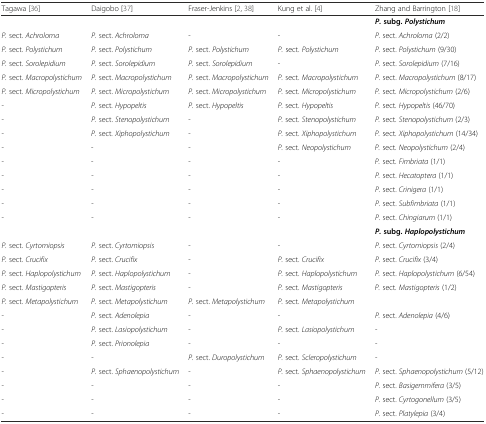
<table><thead><tr><td><b>Tagawa [36]</b></td><td><b>Daigobo [37]</b></td><td><b>Fraser-Jenkins [2, 38]</b></td><td><b>Kung et al. [4]</b></td><td><b>Zhang and Barrington [18]</b></td></tr></thead><tbody><tr><td></td><td></td><td></td><td></td><td><b><i>P.</i></b><b>subg.</b><b><i>Polystichum</i></b></td></tr><tr><td><i>P.</i> sect. <i>Achroloma</i></td><td><i>P.</i> sect. <i>Achroloma</i></td><td>-</td><td>-</td><td><i>P.</i> sect. <i>Achroloma</i> (2/2)</td></tr><tr><td><i>P.</i> sect. <i>Polystichum</i></td><td><i>P.</i> sect. <i>Polystichum</i></td><td><i>P.</i> sect. <i>Polystichum</i></td><td><i>P.</i> sect. <i>Polystichum</i></td><td><i>P.</i> sect. <i>Polystichum</i> (9/30)</td></tr><tr><td><i>P.</i> sect. <i>Sorolepidium</i></td><td><i>P.</i> sect. <i>Sorolepidium</i></td><td><i>P.</i> sect. <i>Sorolepidium</i></td><td>-</td><td><i>P.</i> sect. <i>Sorolepidium</i> (7/16)</td></tr><tr><td><i>P.</i> sect. <i>Macropolystichum</i></td><td><i>P.</i> sect. <i>Macropolystichum</i></td><td><i>P.</i> sect. <i>Macropolystichum</i></td><td><i>P.</i> sect. <i>Macropolystichum</i></td><td><i>P.</i> sect. <i>Macropolystichum</i> (8/17)</td></tr><tr><td><i>P.</i> sect. <i>Micropolystichum</i></td><td><i>P.</i> sect. <i>Micropolystichum</i></td><td><i>P.</i> sect. <i>Micropolystichum</i></td><td><i>P.</i> sect. <i>Micropolystichum</i></td><td><i>P.</i> sect. <i>Micropolystichum</i> (2/6)</td></tr><tr><td>-</td><td><i>P.</i> sect. <i>Hypopeltis</i></td><td><i>P.</i> sect. <i>Hypopeltis</i></td><td><i>P.</i> sect. <i>Hypopeltis</i></td><td><i>P.</i> sect. <i>Hypopeltis</i> (46/70)</td></tr><tr><td>-</td><td><i>P.</i> sect. <i>Stenopolystichum</i></td><td>-</td><td><i>P.</i> sect. <i>Stenopolystichum</i></td><td><i>P.</i> sect. <i>Stenopolystichum</i> (2/3)</td></tr><tr><td>-</td><td><i>P.</i> sect. <i>Xiphopolystichum</i></td><td>-</td><td><i>P.</i> sect. <i>Xiphopolystichum</i></td><td><i>P.</i> sect. <i>Xiphopolystichum</i> (14/34)</td></tr><tr><td>-</td><td>-</td><td>-</td><td><i>P.</i> sect. <i>Neopolystichum</i></td><td><i>P.</i> sect. <i>Neopolystichum</i> (2/4)</td></tr><tr><td>-</td><td>-</td><td>-</td><td>-</td><td><i>P.</i> sect. <i>Fimbriata</i> (1/1)</td></tr><tr><td>-</td><td>-</td><td>-</td><td>-</td><td><i>P.</i> sect. <i>Hecatoptera</i> (1/1)</td></tr><tr><td>-</td><td>-</td><td>-</td><td>-</td><td><i>P.</i> sect. <i>Crinigera</i> (1/1)</td></tr><tr><td>-</td><td>-</td><td>-</td><td>-</td><td><i>P.</i> sect. <i>Subfimbriata</i> (1/1)</td></tr><tr><td>-</td><td>-</td><td>-</td><td>-</td><td><i>P.</i> sect. <i>Chingiarum</i> (1/1)</td></tr><tr><td></td><td></td><td></td><td></td><td><b><i>P.</i></b><b>subg.</b><b><i>Haplopolystichum</i></b></td></tr><tr><td><i>P.</i> sect. <i>Cyrtomiopsis</i></td><td><i>P.</i> sect. <i>Cyrtomiopsis</i></td><td>-</td><td>-</td><td><i>P.</i> sect. <i>Cyrtomiopsis</i> (2/4)</td></tr><tr><td><i>P.</i> sect. <i>Crucifix</i></td><td><i>P.</i> sect. <i>Crucifix</i></td><td>-</td><td><i>P.</i> sect. <i>Crucifix</i></td><td><i>P.</i> sect. <i>Crucifix</i> (3/4)</td></tr><tr><td><i>P.</i> sect. <i>Haplopolystichum</i></td><td><i>P.</i> sect. <i>Haplopolystichum</i></td><td>-</td><td><i>P.</i> sect. <i>Haplopolystichum</i></td><td><i>P.</i> sect. <i>Haplopolystichum</i> (6/54)</td></tr><tr><td><i>P.</i> sect. <i>Mastigopteris</i></td><td><i>P.</i> sect. <i>Mastigopteris</i></td><td>-</td><td><i>P.</i> sect. <i>Mastigopteris</i></td><td><i>P.</i> sect. <i>Mastigopteris</i> (1/2)</td></tr><tr><td><i>P.</i> sect. <i>Metapolystichum</i></td><td><i>P.</i> sect. <i>Metapolystichum</i></td><td><i>P.</i> sect. <i>Metapolystichum</i></td><td><i>P.</i> sect. <i>Metapolystichum</i></td><td></td></tr><tr><td>-</td><td><i>P.</i> sect. <i>Adenolepia</i></td><td>-</td><td>-</td><td><i>P.</i> sect. <i>Adenolepia</i> (4/6)</td></tr><tr><td>-</td><td><i>P.</i> sect. <i>Lasiopolystichum</i></td><td>-</td><td><i>P.</i> sect. <i>Lasiopolystichum</i></td><td>-</td></tr><tr><td>-</td><td><i>P.</i> sect. <i>Prionolepia</i></td><td>-</td><td>-</td><td>-</td></tr><tr><td>-</td><td>-</td><td><i>P.</i> sect. <i>Duropolystichum</i></td><td><i>P.</i> sect. <i>Scleropolystichum</i></td><td>-</td></tr><tr><td>-</td><td><i>P.</i> sect. <i>Sphaenopolystichum</i></td><td>-</td><td><i>P.</i> sect. <i>Sphaenopolystichum</i></td><td><i>P.</i> sect. <i>Sphaenopolystichum</i> (5/12)</td></tr><tr><td>-</td><td>-</td><td>-</td><td>-</td><td><i>P.</i> sect. <i>Basigemmifera</i> (3/5)</td></tr><tr><td>-</td><td>-</td><td>-</td><td>-</td><td><i>P.</i> sect. <i>Cyrtogonellum</i> (3/5)</td></tr><tr><td>-</td><td>-</td><td>-</td><td>-</td><td><i>P.</i> sect. <i>Platylepia</i> (3/4)</td></tr></tbody></table>